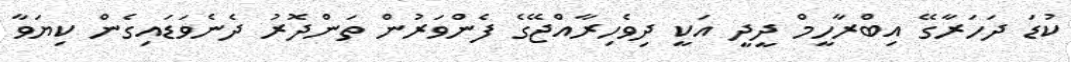
ކުޑަ ދަހަރާގޭ އިބްރާހީމް ދީދީ އަކީ ދިވެހިރާއްޖޭގެ ފެންވަރުން ތަންދޮރު ދެނެވަޑައިގެން ކިޔަވާ